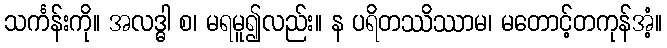
သင်္ကန်းကို။ အလဒ္ဓါ စ၊ မရမူ၍လည်း။ န ပရိတဿိဿာမ၊ မတောင့်တကုန်အံ့။